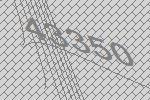
43350